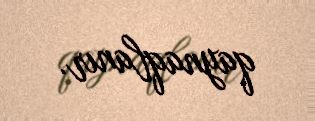
qaynaqlanır.